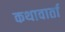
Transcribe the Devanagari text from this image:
कथावार्ता